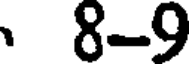
8-9